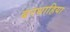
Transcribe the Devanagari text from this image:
बरधाहिया